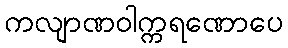
ကလျာဏဝါက္ကရဏောပေ